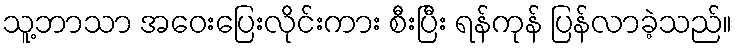
သူ့ဘာသာ အဝေးပြေးလိုင်းကား စီးပြီး ရန်ကုန် ပြန်လာခဲ့သည်။